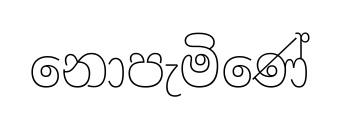
නොපැමිණේ